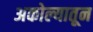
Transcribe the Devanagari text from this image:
अकोल्यातून